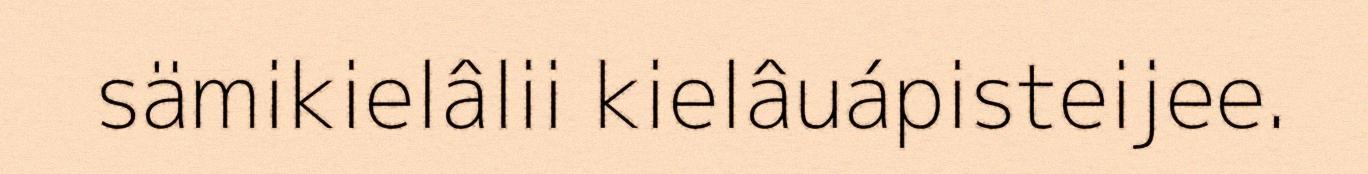
sämikielâlii kielâuápisteijee.